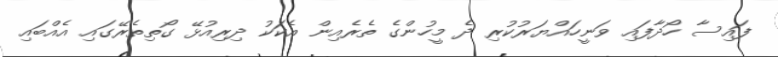
ފައިސާ ހޯދާފައި ވަނީހައްޔަރުކުރި ދެ މީހުންގެ ތެރެއިން އެކަކު ދިރިއުޅޭ ގޯތިތެރޭގައި އެއްބައި